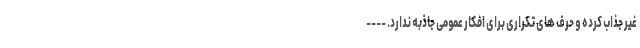
غیر جذاب کرده و حرف های تکراری برای افکار عمومی جاذبه ندارد. ----